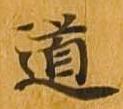
道